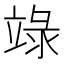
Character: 𥪋